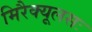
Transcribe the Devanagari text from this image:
मिरैक्यूलसः